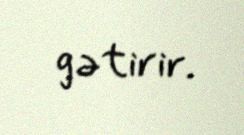
gətirir.